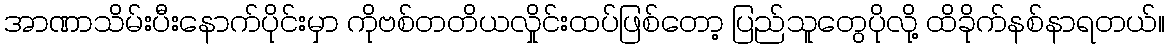
အာဏာသိမ်းပီးနောက်ပိုင်းမှာ ကိုဗစ်တတိယလှိုင်းထပ်ဖြစ်တော့ ပြည်သူတွေပိုလို့ ထိခိုက်နစ်နာရတယ်။